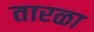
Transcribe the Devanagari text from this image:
तारळा